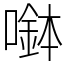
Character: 𡀖